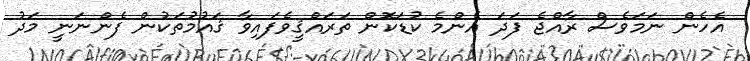
އެހެން ނަމަވެސް ރާއްޖެ ފަދަ އެންމެ ކުޑަކޮން ތަރައްޤީވެފައިވާ ޤައުމުތަކުން ފެންނަނީ މަދު